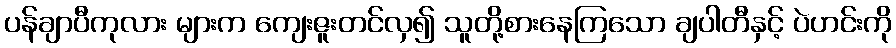
ပန်ချာပီကုလား များက ကျေးဇူးတင်လှ၍ သူတို့စားနေကြသော ချပါတီနှင့် ပဲဟင်းကို